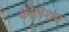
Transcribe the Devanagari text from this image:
कोलेशन